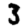
Digit: 3